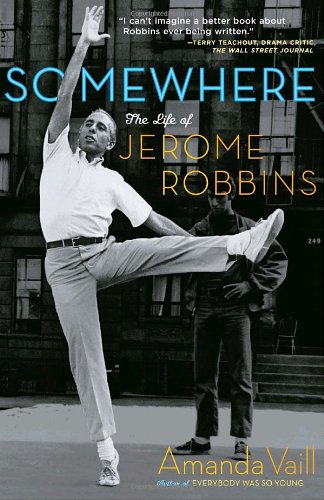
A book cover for Somewhere: The Life of Jerome Robbins; Amanda Vaill; Biographies & Memoirs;